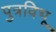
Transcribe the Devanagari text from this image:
पुत्रविभू